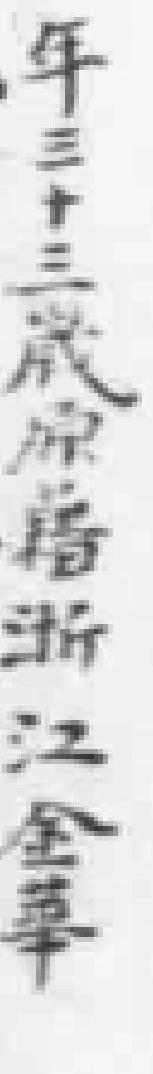
年三十三歲原籍浙江金華